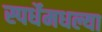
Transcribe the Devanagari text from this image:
स्पर्धेमधल्या